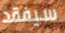
سيفقد